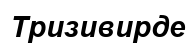
Тризивирде